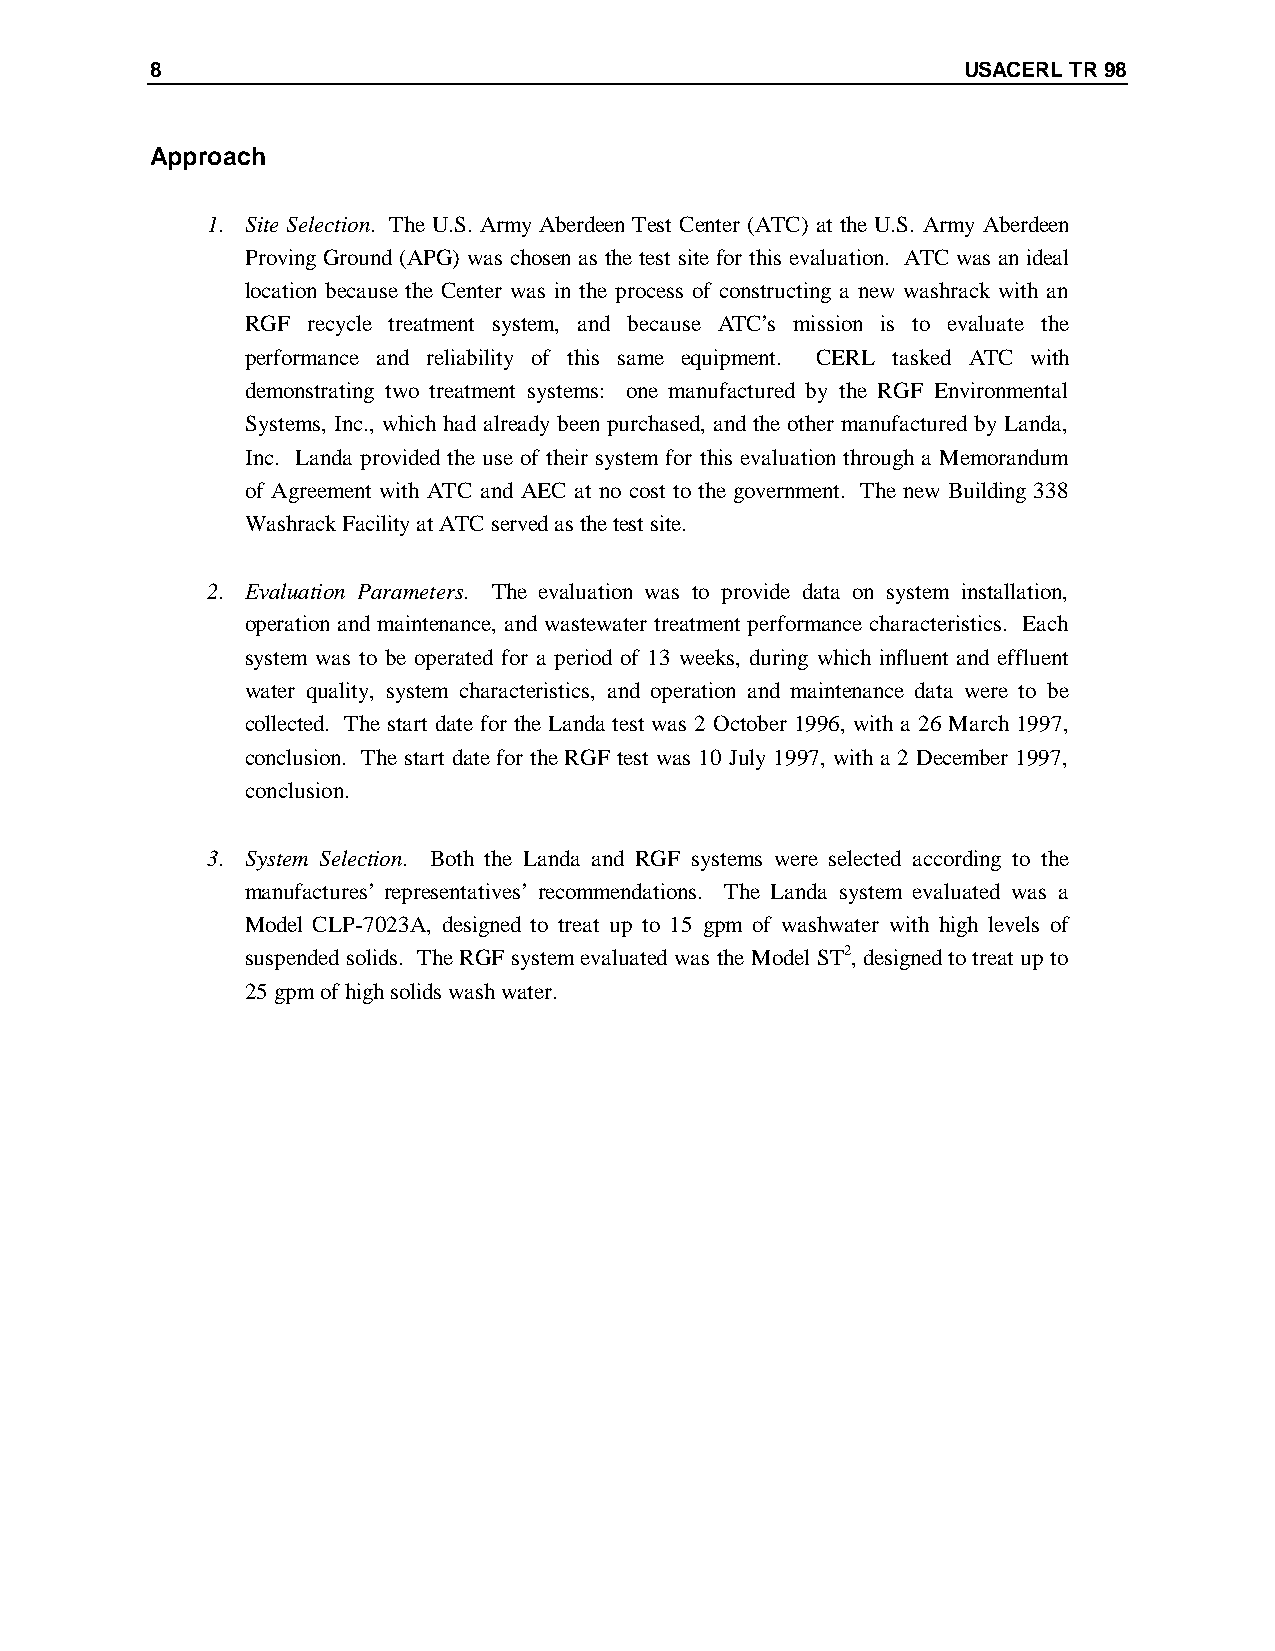
8                                                     USACERL TR 98
 Approach
 1. Site Selection. The U.S. Army Aberdeen Test Center (ATC) at the U.S. Army Aberdeen
 Proving Ground (APG) was chosen as the test site for this evaluation. ATC was an ideal
 location because the Center was in the process of constructing a new washrack with an
 RGF recycle treatment system, and because ATC’s mission is to evaluate the
 performance and reliability of this same equipment. CERL tasked ATC with
 demonstrating two treatment systems: one manufactured by the RGF Environmental
 Systems, Inc., which had already been purchased, and the other manufactured by Landa,
 Inc. Landa provided the use of their system for this evaluation through a Memorandum
 of Agreement with ATC and AEC at no cost to the government. The new Building 338
 Washrack Facility at ATC served as the test site.
 2. Evaluation Parameters. The evaluation was to provide data on system installation,
 operation and maintenance, and wastewater treatment performance characteristics. Each
 system was to be operated for a period of 13 weeks, during which influent and effluent
 water quality, system characteristics, and operation and maintenance data were to be
 collected. The start date for the Landa test was 2 October 1996, with a 26 March 1997,
 conclusion. The start date for the RGF test was 10 July 1997, with a 2 December 1997,
 conclusion.
 3. System Selection. Both the Landa and RGF systems were selected according to the
 manufactures’ representatives’ recommendations. The Landa system evaluated was a
 Model CLP-7023A, designed to treat up to 15 gpm of washwater with high levels of
 suspended solids. The RGF system evaluated was the Model ST2, designed to treat up to
 25 gpm of high solids wash water.